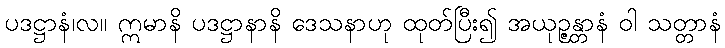
ပဒဋ္ဌာနံ၊လ။ ဣမာနိ ပဒဋ္ဌာနာနိ ဒေသနာဟု ထုတ်ပြီး၍ အယုဉ္ဇန္တာနံ ဝါ သတ္တာနံ